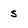
Character: 5